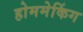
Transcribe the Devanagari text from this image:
होममेकिंग